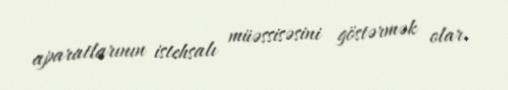
aparatlarının istehsalı müəssisəsini göstərmək olar.